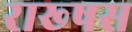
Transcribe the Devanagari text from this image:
राख्षस